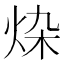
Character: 𰞗